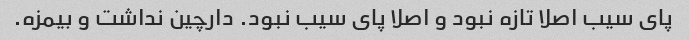
پای سیب اصلا تازه نبود و اصلا پای سیب نبود. دارچین نداشت و بیمزه.